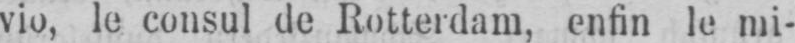
vio, le consul de Rotterdam, enfin le mi-